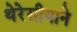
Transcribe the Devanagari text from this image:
थेरेसीयाने